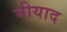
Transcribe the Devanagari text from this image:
मीयाद